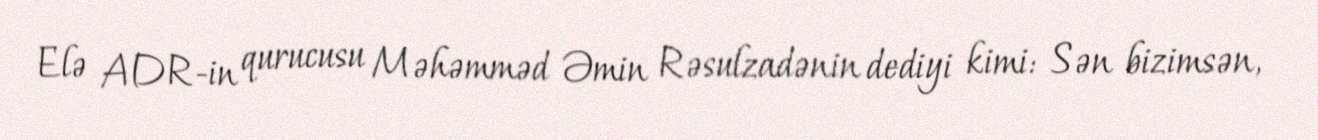
Elə ADR-in qurucusu Məhəmməd Əmin Rəsulzadənin dediyi kimi: Sən bizimsən,